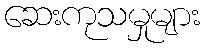
ဆေးကုသမှုများ